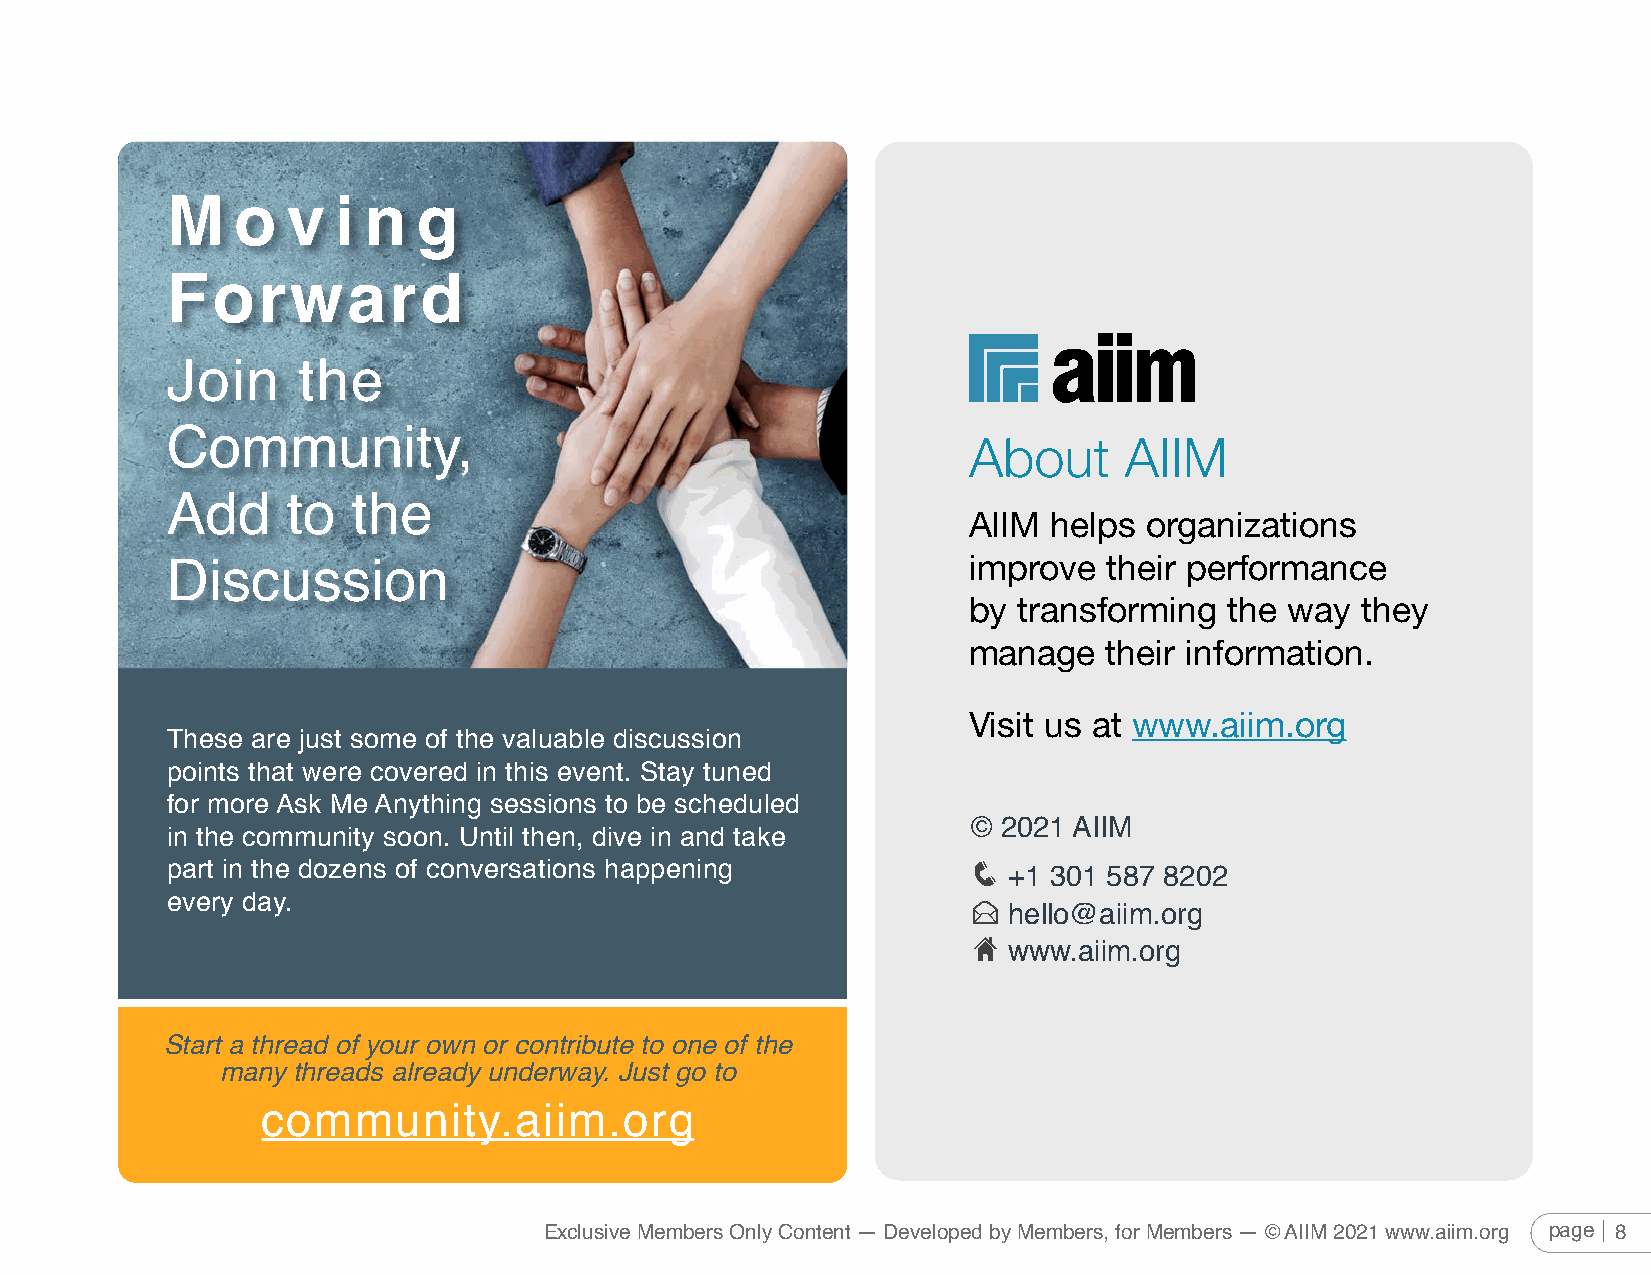
M   o   v  i n   g
 Forward
 Join     the
 Community,                                           About     AIIM
 Add     to  the
 AIIM  helps organizations
 improve  their performance
 Discussion
 by transforming  the way  they
 manage   their information.
 Visit us at www.aiim.org
 These are just some of the valuable discussion
 points that were covered in this event. Stay tuned
 for more Ask Me Anything sessions to be scheduled
 © 2021 AIIM
 in the community soon. Until then, dive in and take
 q
 part in the dozens of conversations happening
 +1 301 587 8202
 every day.                                           E
 hello@aiim.org
 H
 www.aiim.org
 Start a thread of your own or contribute to one of the
 many threads already underway. Just go to
 community.aiim.org
 Exclusive Members Only Content — Developed by Members, for Members — © AIIM 2021 www.aiim.org page 8